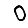
Digit: 0